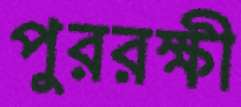
পুররক্ষী